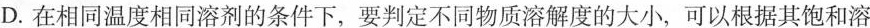
D.在相同温度相同溶剂的条件下，要判定不同物质溶解度的大小，可以根据其饱和溶